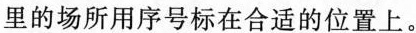
里的场所用序号标在合适的位置上。